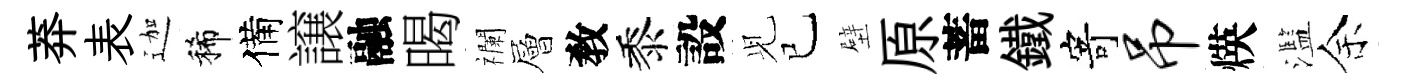
莽表迦稀備譲融暍襴層敎黍設𫤗已壁原蓄鐵寄吊煐濫余